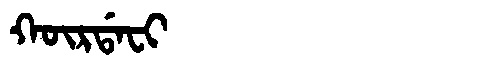
Manchu: ᡴᡡᡵᡩᠠᠸᡳ
Romanization: KŪRDAFI